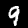
Digit: 9